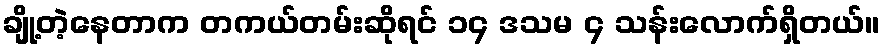
ချို့တဲ့နေတာက တကယ်တမ်းဆိုရင် ၁၄ ဒသမ ၄ သန်းလောက်ရှိတယ်။